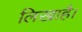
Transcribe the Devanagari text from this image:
लिखाहै।